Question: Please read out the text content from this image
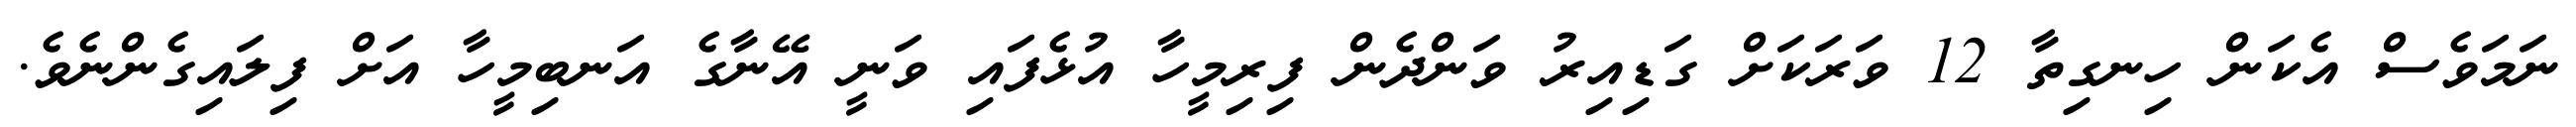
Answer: ނަމަވެސް އެކަން ހިނގިތާ 12 ވަރަކަށް ގަޑިއިރު ވަންދެން ފިރިމީހާ އުޅެފައި ވަނީ އޭނާގެ އަނބިމީހާ އަށް ފިލައިގެންނެވެ.